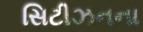
સિટીઝનના